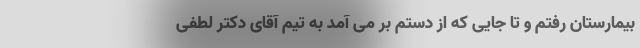
بیمارستان رفتم و تا جایی که از دستم بر می آمد به تیم آقای دکتر لطفی